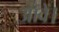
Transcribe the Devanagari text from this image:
आवें।